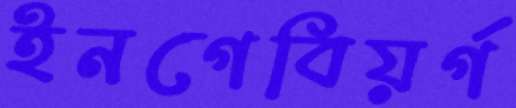
ইনগেবিয়র্গ